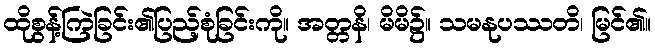
ထိုစွန့်ကြဲခြင်း၏ပြည့်စုံခြင်းကို။ အတ္တနိ၊ မိမိ၌။ သမနုပဿတိ၊ မြင်၏။